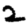
Digit: 2